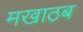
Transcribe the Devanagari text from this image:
मखाठब